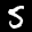
Label: 5